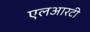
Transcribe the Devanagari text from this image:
एलआरटी